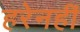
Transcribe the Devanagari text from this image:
हरेनहीं